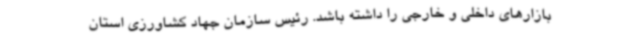
بازارهای داخلی و خارجی را داشته باشد. رئیس سازمان جهاد کشاورزی استان